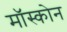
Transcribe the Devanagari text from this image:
मॉस्कोन